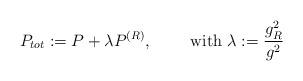
LaTeX: \begin{align*}P_{tot}:=P+\lambda P^{(R)}, \qquad \textrm{ with }\lambda:=\frac{g_{R}^{2}}{g^{2}}\end{align*}